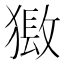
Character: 𤡏